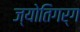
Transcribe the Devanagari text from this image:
ज्योतिगर्ग